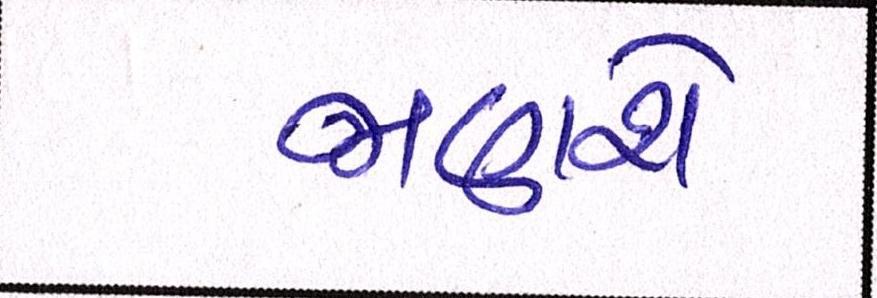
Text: જાણશે